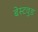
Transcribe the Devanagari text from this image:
बेस्टवुड